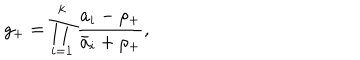
g _ { + } = \prod _ { i = 1 } ^ { k } \frac { a _ { i } - \rho _ { + } } { \bar { a } _ { i } + \rho _ { + } } ,